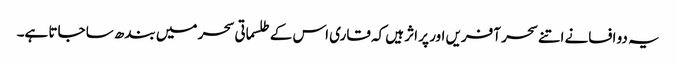
یہ دو افسانے اتنے سحر آفریں اور پر اثر ہیں کہ قاری اس کے طلسماتی سحر میں بندھ سا جاتا ہے۔